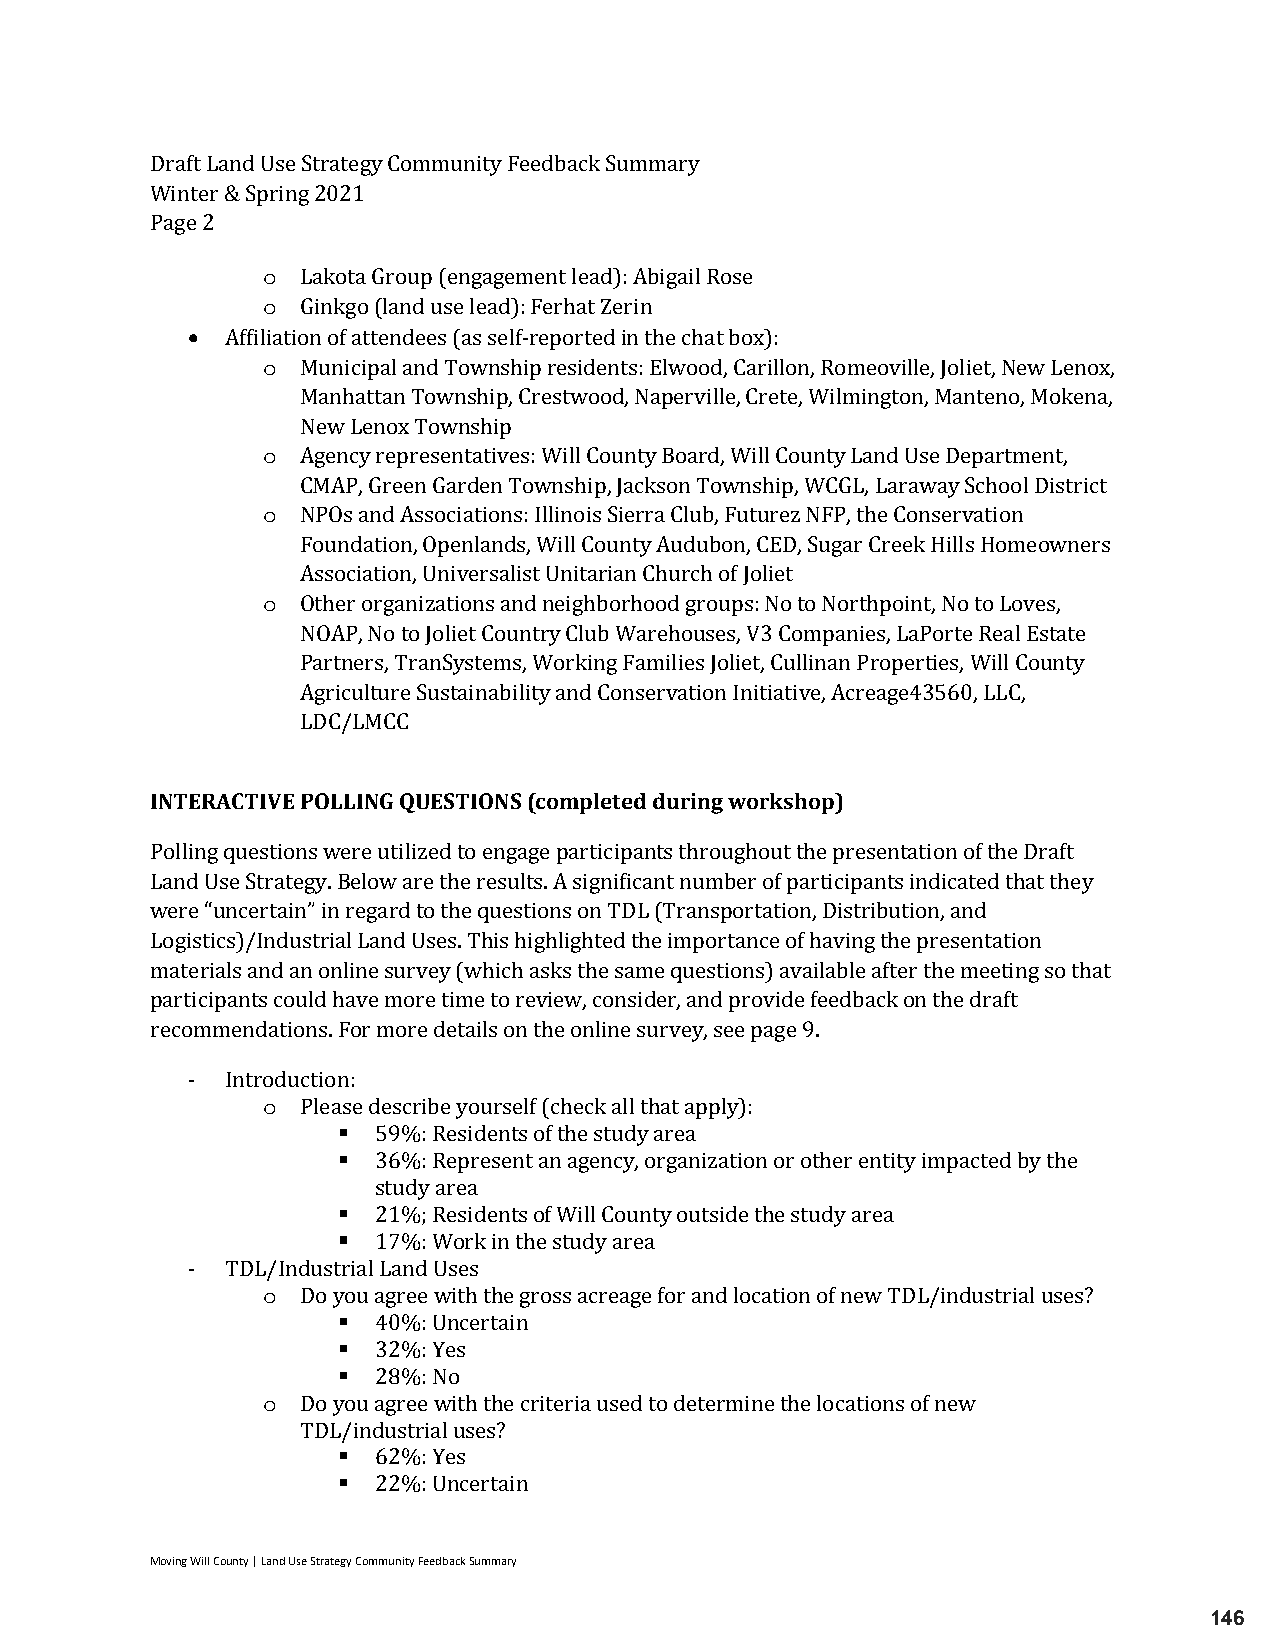
Draft Land Use Strategy Community Feedback Summary
 Winter & Spring 2021
 Page 2 o
 o
 Lakota Group (engagement lead): Abigail Rose
 
 Ginkgo (land use lead): Ferhat Zerin
 o
 Affiliation of attendees (as self-reported in the chat box):
 Municipal and Township residents: Elwood, Carillon, Romeoville, Joliet, New Lenox,
 Manhattan Township, Crestwood, Naperville, Crete, Wilmington, Manteno, Mokena,
 o
 New Lenox Township
 Agency representatives: Will County Board, Will County Land Use Department,
 o
 CMAP, Green Garden Township, Jackson Township, WCGL, Laraway School District
 NPOs and Associations: Illinois Sierra Club, Futurez NFP, the Conservation
 Foundation, Openlands, Will County Audubon, CED, Sugar Creek Hills Homeowners
 o
 Association, Universalist Unitarian Church of Joliet
 Other organizations and neighborhood groups: No to Northpoint, No to Loves,
 NOAP, No to Joliet Country Club Warehouses, V3 Companies, LaPorte Real Estate
 Partners, TranSystems, Working Families Joliet, Cullinan Properties, Will County
 Agriculture Sustainability and Conservation Initiative, Acreage43560, LLC,
 LDC/LMCC
 INTERACTIVE POLLING QUESTIONS (completed during workshop)
 Polling questions were utilized to engage participants throughout the presentation of the Draft
 Land Use Strategy. Below are the results. A significant number of participants indicated that they
 were “uncertain” in regard to the questions on TDL (Transportation, Distribution, and
 Logistics)/Industrial Land Uses. This highlighted the importance of having the presentation
 materials and an online survey (which asks the same questions) available after the meeting so that
 participants could have more time to review, consider, and provide feedback on the draft
 recom mendations. For more details on the online survey, see page 9.
 o
 -  Introduction :
 Pleas e describe yourself (check all that apply):
 59%: Residents of the study area
   36%: Represent an agency, organization or other entity impacted by the
   study area
 21%; Residents of Will County outside the study area
 o       17%: Work in the study area
 -  TDL/Industr ial Land Uses
 Do yo u agree with the gross acreage for and location of new TDL/industrial uses?
   40%: Uncertain
 o       32%: Yes
 28%: No
 Do yo u agree with the criteria used to determine the locations of new
 TDL/ industrial uses?
 62%: Yes
 22%: Uncertain
 Moving Will County | Land Use Strategy Community Feedback Summary
 146